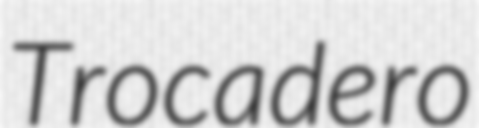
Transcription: Trocadero